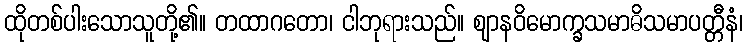
ထိုတစ်ပါးသောသူတို့၏။ တထာဂတော၊ ငါဘုရားသည်။ ဈာနဝိမောက္ခသမာဓိသမာပတ္တီနံ၊